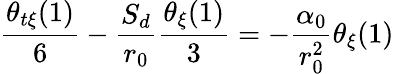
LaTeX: \frac{\theta_{t\xi}(1)}{6}-\frac{S_{d}}{r_{0}}\frac{\theta_{\xi}(1)}{3}=-\frac{\alpha_{0}}{r_{0}^{2}}\theta_{\xi}(1)